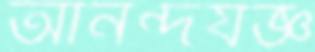
আনন্দযজ্ঞ